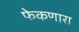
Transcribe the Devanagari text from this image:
फेकणारा